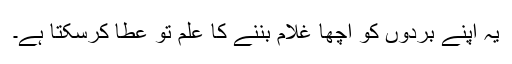
یہ اپنے بردوں کو اچھّا غلام بننے کا علم تو عطا کرسکتا ہے۔